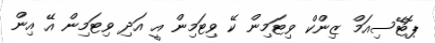
ޕޮޓޭސިއަމް ޒިންކް ވިޓަމިން ކޭ ވިޓަމިން އީ އަދި ވިޓަމިން އޭ އިން